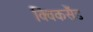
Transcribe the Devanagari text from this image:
क्विकसैंड